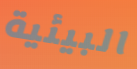
البيئية